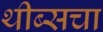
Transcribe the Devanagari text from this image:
थीब्सचा